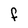
Character: F